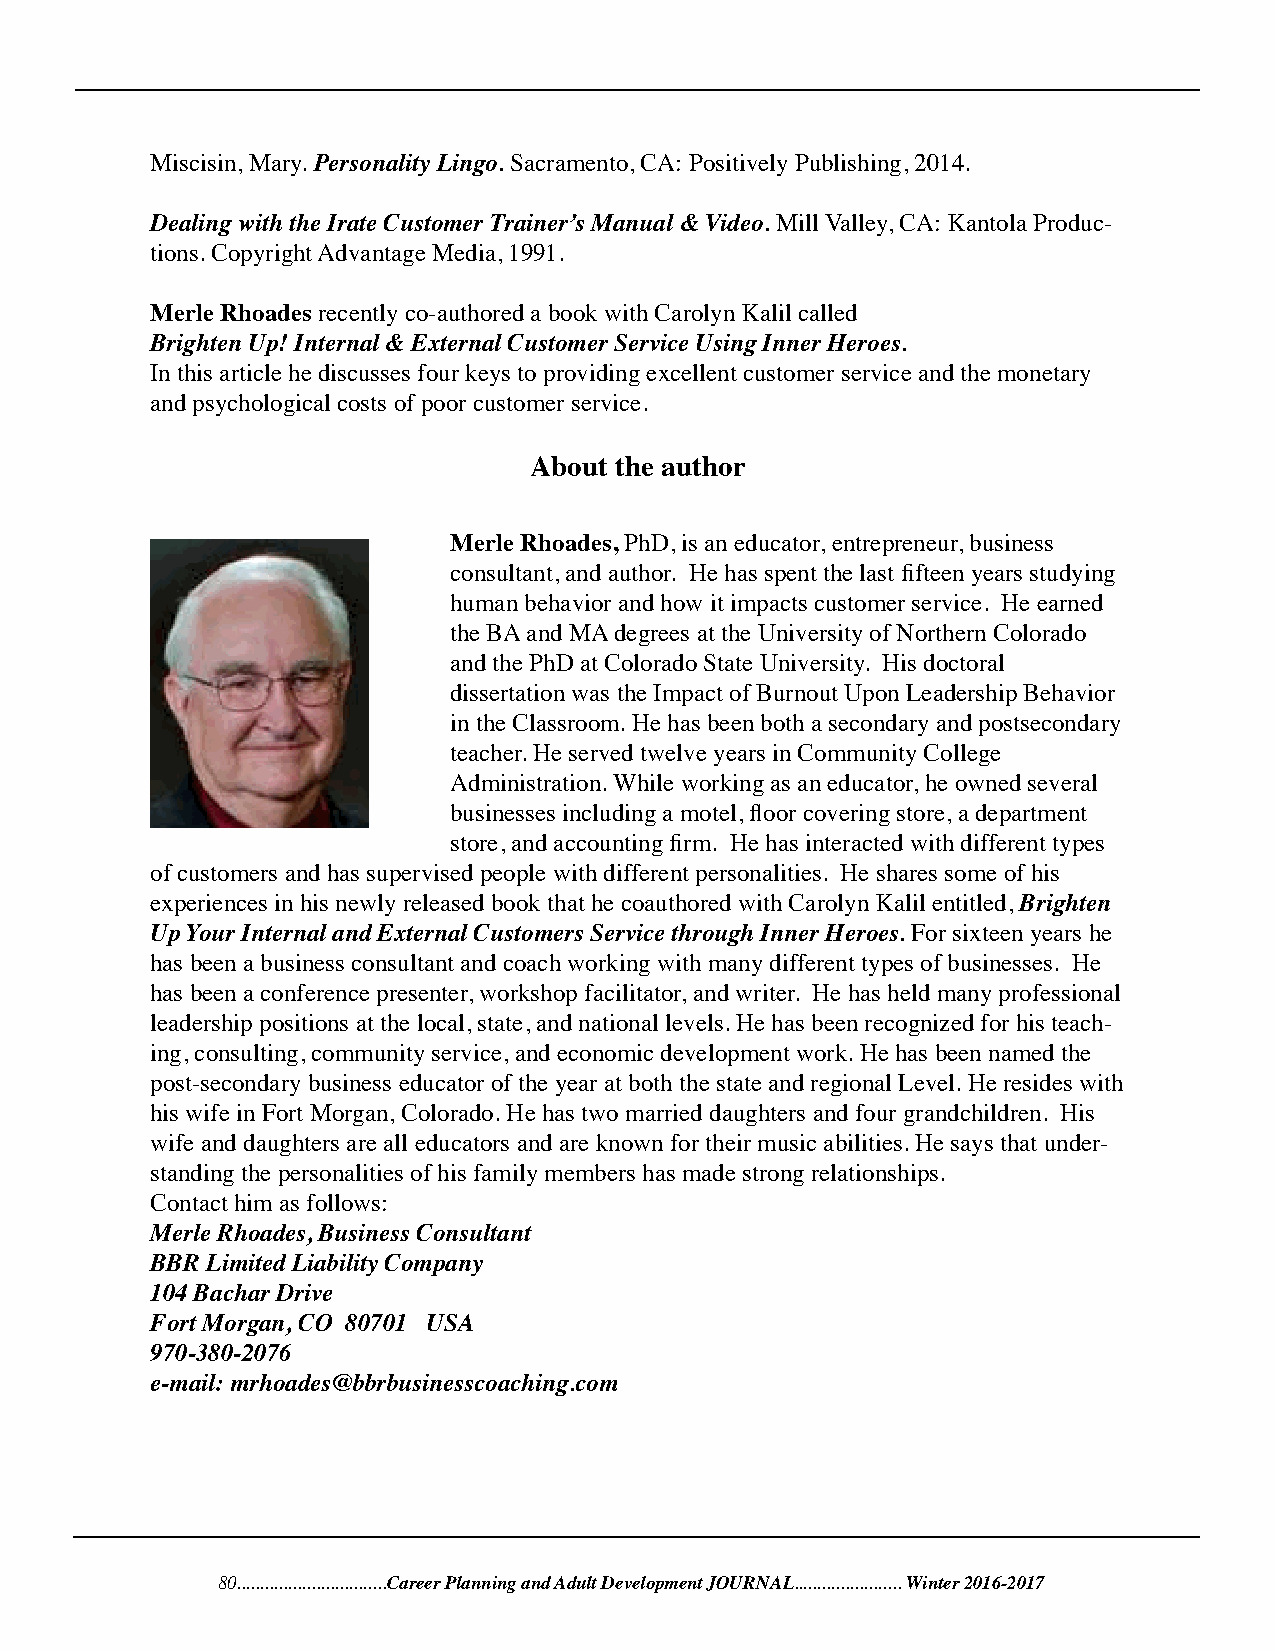
Miscisin, Mary. Personality Lingo. Sacramento, CA: Positively Publishing, 2014.
 Dealing with the Irate Customer Trainer’s Manual & Video. Mill Valley, CA: Kantola Produc-
 tions. Copyright Advantage Media, 1991.
 Merle Rhoades recently co-authored a book with Carolyn Kalil called
 Brighten Up! Internal & External Customer Service Using Inner Heroes.
 In this article he discusses four keys to providing excellent customer service and the monetary
 and psychological costs of poor customer service.
 About the author
 Merle Rhoades, PhD, is an educator, entrepreneur, business
 consultant, and author. He has spent the last fifteen years studying
 human behavior and how it impacts customer service. He earned
 the BA and MA degrees at the University of Northern Colorado
 and the PhD at Colorado State University. His doctoral
 dissertation was the Impact of Burnout Upon Leadership Behavior
 in the Classroom. He has been both a secondary and postsecondary
 teacher. He served twelve years in Community College
 Administration. While working as an educator, he owned several
 businesses including a motel, floor covering store, a department
 store, and accounting firm. He has interacted with different types
 of customers and has supervised people with different personalities. He shares some of his
 experiences in his newly released book that he coauthored with Carolyn Kalil entitled, Brighten
 Up Your Internal and External Customers Service through Inner Heroes. For sixteen years he
 has been a business consultant and coach working with many different types of businesses. He
 has been a conference presenter, workshop facilitator, and writer. He has held many professional
 leadership positions at the local, state, and national levels. He has been recognized for his teach-
 ing, consulting, community service, and economic development work. He has been named the
 post-secondary business educator of the year at both the state and regional Level. He resides with
 his wife in Fort Morgan, Colorado. He has two married daughters and four grandchildren. His
 wife and daughters are all educators and are known for their music abilities. He says that under-
 standing the personalities of his family members has made strong relationships.
 Contact him as follows:
 Merle Rhoades, Business Consultant
 BBR Limited Liability Company
 104 Bachar Drive
 Fort Morgan, CO 80701 USA
 970-380-2076
 e-mail: mrhoades@bbrbusinesscoaching.com
 80................................Career Planning and Adult Development JOURNAL....................... Winter 2016-2017